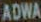
ADWA